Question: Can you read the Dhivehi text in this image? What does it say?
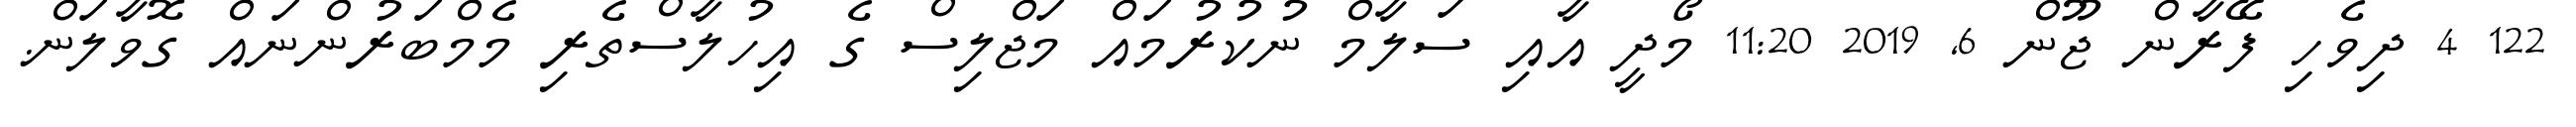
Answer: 122 4 ދިވެހި ފޭރާން ޖޫން 6, 2019 11:20 މޯދީ އާއި ސަލާމް ނުކުރުމައް މަޖްލިސް ގެ އިހުލާސްތެރި މެމްބަރުންނައް ގޮވާލަން.